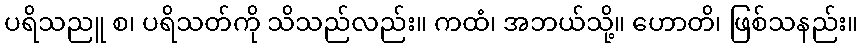
ပရိသညူ စ၊ ပရိသတ်ကို သိသည်လည်း။ ကထံ၊ အဘယ်သို့။ ဟောတိ၊ ဖြစ်သနည်း။